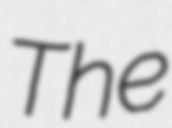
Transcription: The